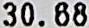
30.68